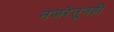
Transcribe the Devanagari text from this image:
नजरेतूनही